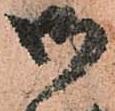
御